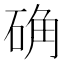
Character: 确